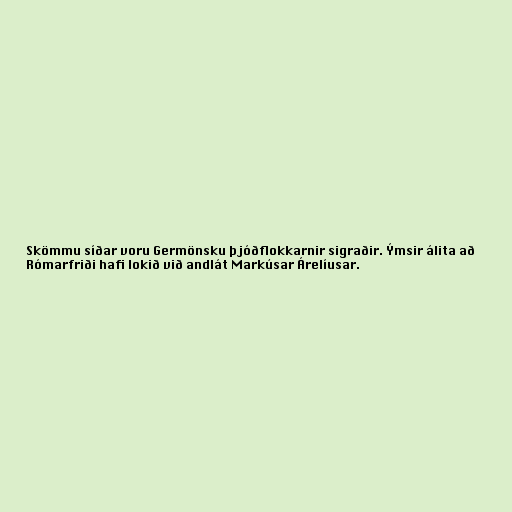
Skömmu síðar voru Germönsku þjóðflokkarnir sigraðir. Ýmsir álita að
Rómarfriði hafi lokið við andlát Markúsar Árelíusar.